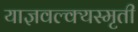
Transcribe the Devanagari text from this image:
याज्ञवल्क्यस्मृती